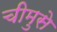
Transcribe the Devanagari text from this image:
चीमुसे